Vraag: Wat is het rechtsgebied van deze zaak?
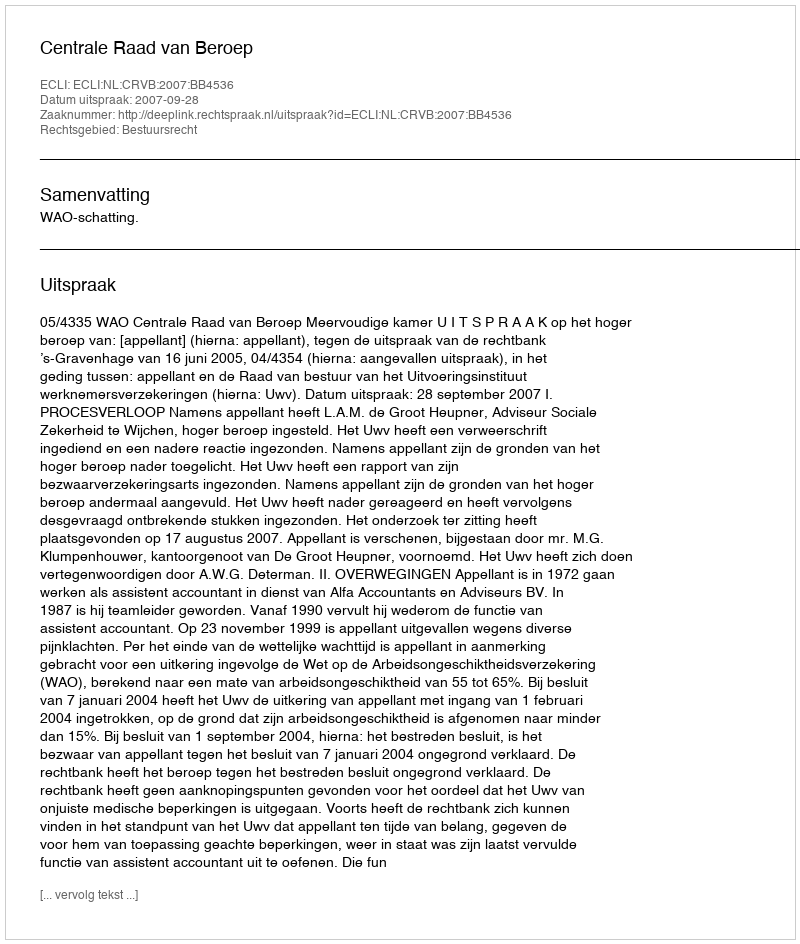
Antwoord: Bestuursrecht